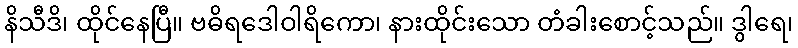
နိသီဒိ၊ ထိုင်နေပြီ။ ဗဓိရဒေါဝါရိကော၊ နားထိုင်းသော တံခါးစောင့်သည်။ ဒွါရေ၊